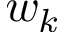
w _ { k }